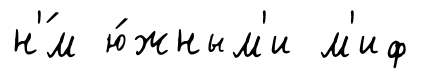
н'́м ю́жным'и м'иф